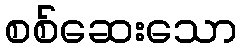
စစ်ဆေးသော